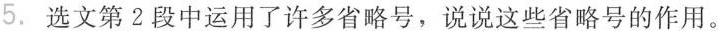
5.选文第2段中运用了许多省略号，说说这些省略号的作用。